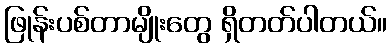
ဖြုန်းပစ်တာမျိုးတွေ ရှိတတ်ပါတယ်။